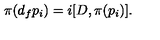
\pi ( d _ { f } p _ { i } ) = i [ D , \pi ( p _ { i } ) ] .